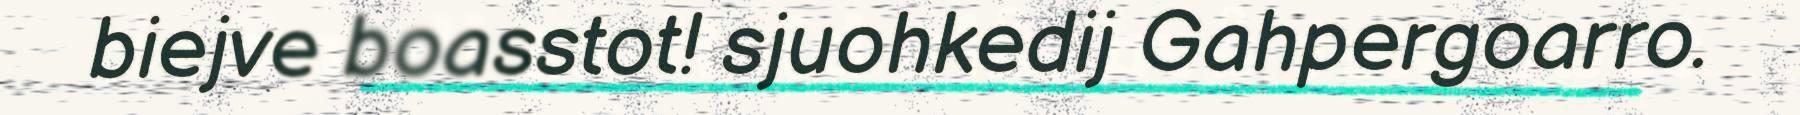
biejve boasstot! sjuohkedij Gahpergoarro.